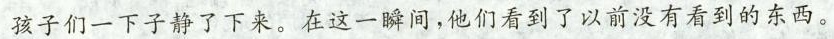
孩子们一下子静了下来。在这一瞬间，他们看到了以前没有看到的东西。